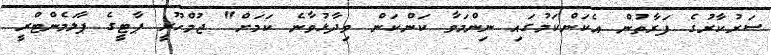
ސަރުކާރުގެ ފަރާތުން އެކަންކަމުގައި ނިންމަވާ ކަންކަން ވިދާޅުވާނެ ކަމަށް" ޖުމްހޫރީ ޕާޓީގެ ޕާލަމެންޓްރީ